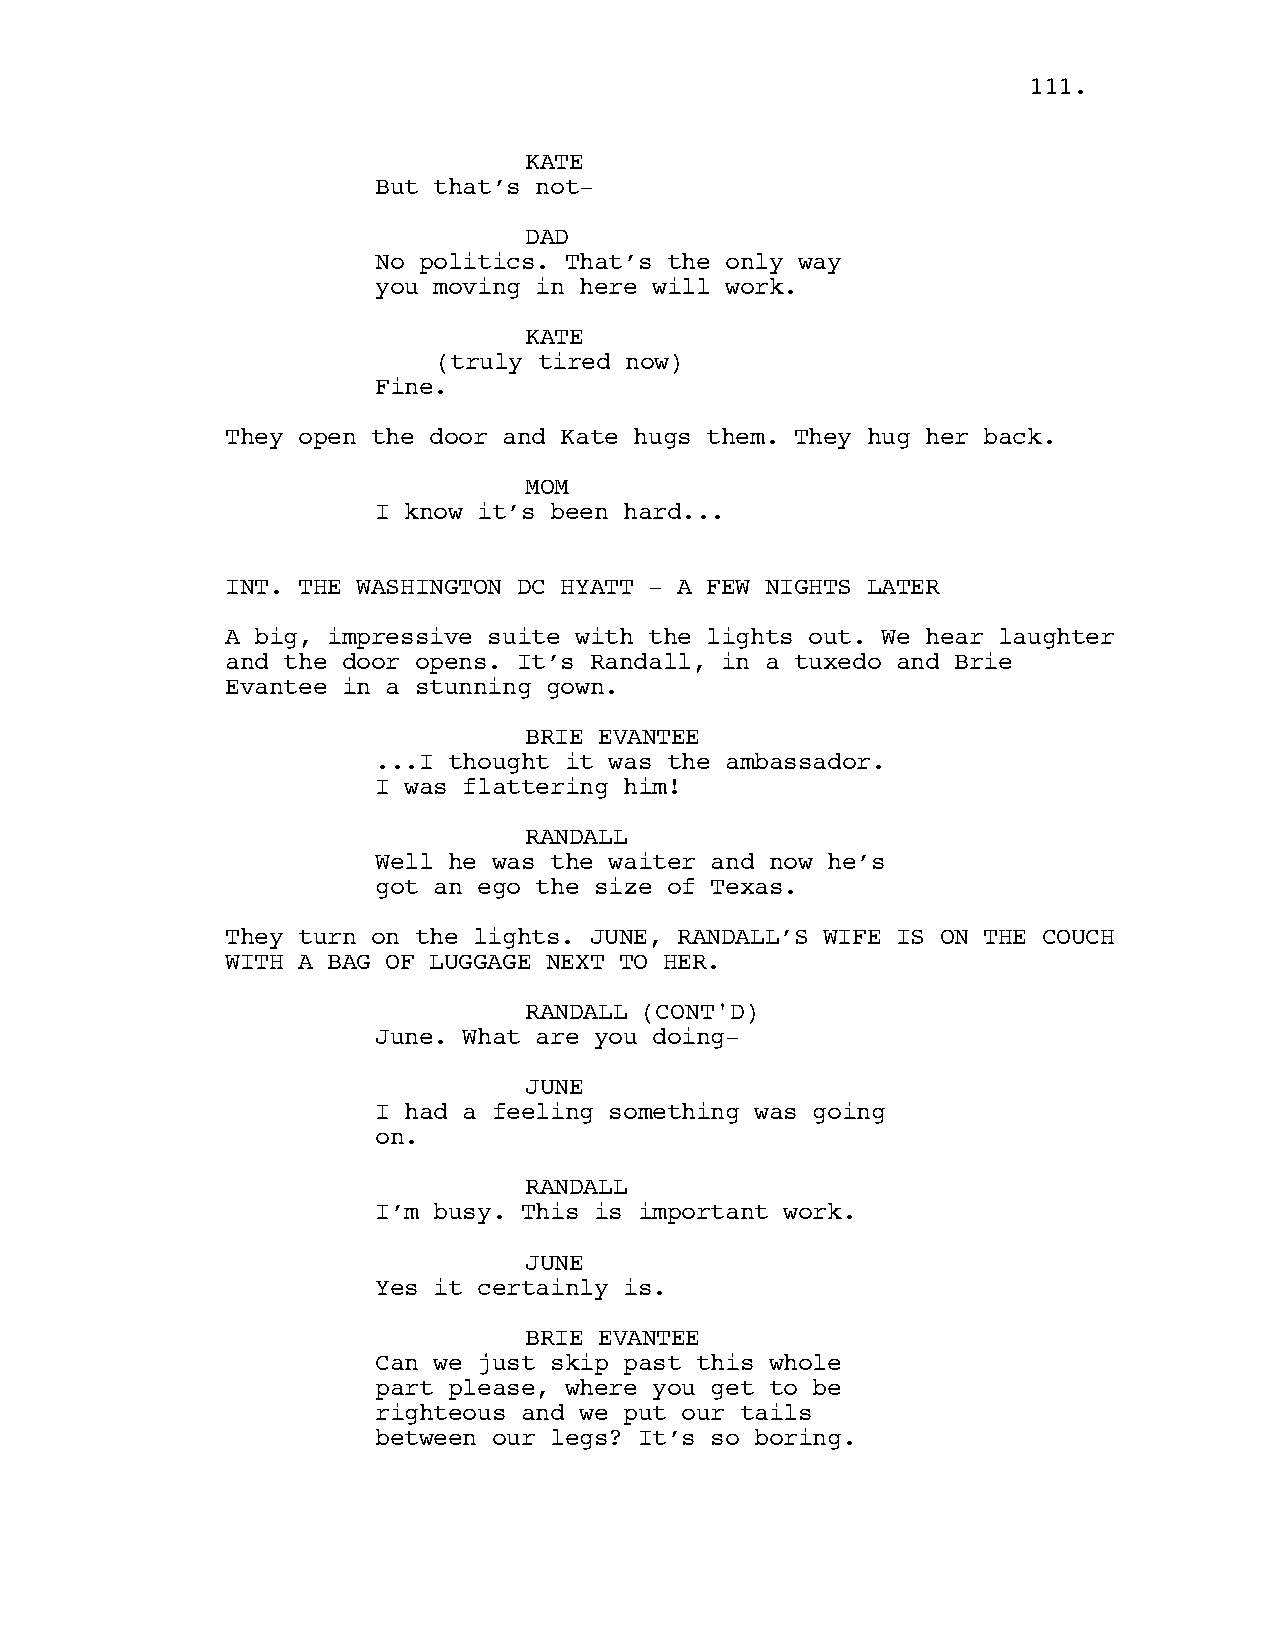
111111..
 KATE
 But that’s not-
 DAD
 No politics. That’s the only way
 you moving in here will work.
 KATE
 (truly tired now)
 Fine.
 They open the door and Kate hugs them. They hug her back.
 MOM
 I know it’s been hard...
 INT. THE WASHINGTON DC HYATT - A FEW NIGHTS LATER
 A big, impressive suite with the lights out. We hear laughter
 and the door opens. It’s Randall, in a tuxedo and Brie
 Evantee in a stunning gown.
 BRIE EVANTEE
 ...I thought it was the ambassador.
 I was flattering him!
 RANDALL
 Well he was the waiter and now he’s
 got an ego the size of Texas.
 They turn on the lights. JUNE, RANDALL’S WIFE IS ON THE COUCH
 WITH A BAG OF LUGGAGE NEXT TO HER.
 RANDALL (CONT'D)
 June. What are you doing-
 JUNE
 I had a feeling something was going
 on.
 RANDALL
 I’m busy. This is important work.
 JUNE
 Yes it certainly is.
 BRIE EVANTEE
 Can we just skip past this whole
 part please, where you get to be
 righteous and we put our tails
 between our legs? It’s so boring.